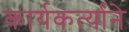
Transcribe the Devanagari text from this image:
कार्यकर्त्यांने